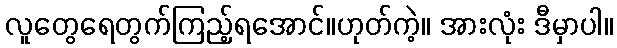
လူတွေရေတွက်ကြည့်ရအောင်။ဟုတ်ကဲ့။ အားလုံး ဒီမှာပါ။